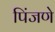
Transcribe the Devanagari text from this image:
पिंजणे